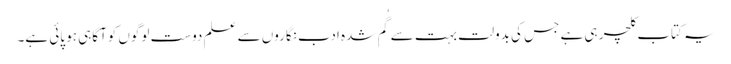
یہ کتاب کلچر ہی ہے جس کی بدولت بہت سے گُم شدہ ادب نگاروں سے علم دوست لوگوں کوآگاہی ہو پائی ہے۔